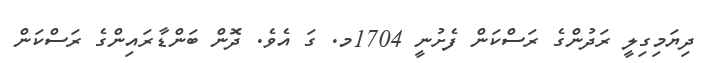
ދިޔަމިގިލީ ރަދުންގެ ރަސްކަން ފެށުނީ 1704މ. ގަ އެވެ. ދޮން ބަންޑާރައިންގެ ރަސްކަން